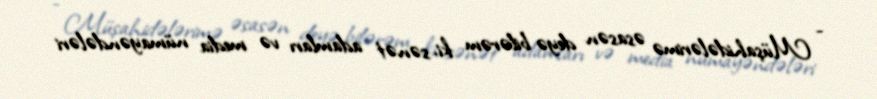
- Müşahidələrimə əsasən deyə bilərəm ki, sənət adamları və media nümayəndələri